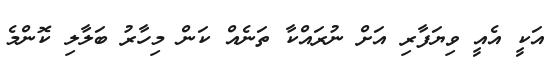
އަކީ އެއީ ވިޔަފާރި އަށް ނުރައްކާ ތަނެއް ކަން މިހާރު ބަލާލި ކޮންމެ